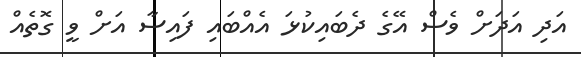
އަދި އަދަށް ވެސް އޭގެ ދެބައިކުޅަ އެއްބައި ފައިސާ އަށް ވީ ގޮތެއް